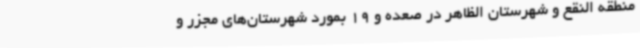
منطقه النقع و شهرستان الظاهر در صعده و 19 بمورد شهرستان‌های مجزر و